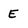
Character: E